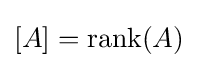
[A]={\mbox{rank}}(A)